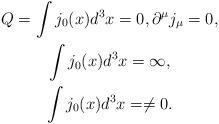
LaTeX: \begin{gather*} \ Q=\int j_{0}(x)d^{3}x=0, \partial^{\mu}j_{\mu}=0,\\ \ \int j_{0}(x)d^{3}x=\infty,\\ \ \int j_{0}(x)d^{3}x= \neq 0.\end{gather*}